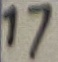
Text: 17